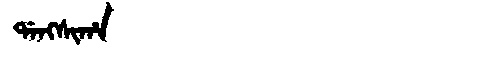
Manchu: ᡩᠠᠩᠰᡳᡥᠠ
Romanization: DANGSIHA